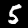
Label: 5